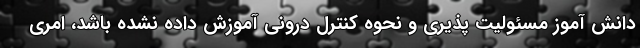
دانش آموز مسئولیت پذیری و نحوه کنترل درونی آموزش داده نشده باشد، امری